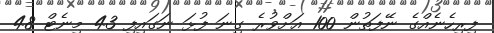
ފިރިހެނެއްގެ ނޭފަތުން 100 އަށްވުރެ ގިނަ ފުޅަ ނަގައިފި 43 މިނެޓް 48